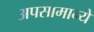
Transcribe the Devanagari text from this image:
अपसामान्ये